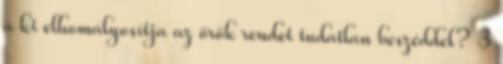
a ki elhomályosítja az örök rendet tudatlan beszéddel? 3